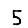
Digit: 5